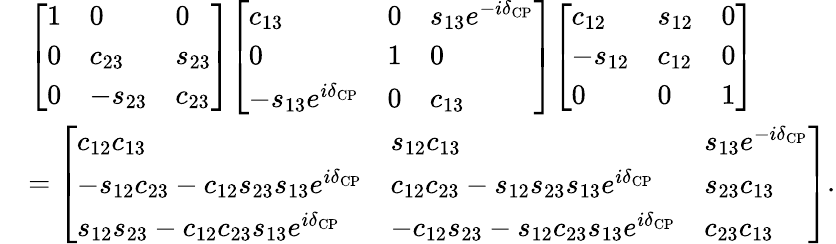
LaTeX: {\begin{array}{rl}&{{\left[\begin{array}{lll}{1}&{0}&{0}\\ {0}&{c_{23}}&{s_{23}}\\ {0}&{-s_{23}}&{c_{23}}\end{array}\right]}{\left[\begin{array}{lll}{c_{13}}&{0}&{s_{13}e^{-i\delta_{\mathrm{CP}}}}\\ {0}&{1}&{0}\\ {-s_{13}e^{i\delta_{\mathrm{CP}}}}&{0}&{c_{13}}\end{array}\right]}{\left[\begin{array}{lll}{c_{12}}&{s_{12}}&{0}\\ {-s_{12}}&{c_{12}}&{0}\\ {0}&{0}&{1}\end{array}\right]}}\\ &{={\left[\begin{array}{lll}{c_{12}c_{13}}&{s_{12}c_{13}}&{s_{13}e^{-i\delta_{\mathrm{CP}}}}\\ {-s_{12}c_{23}-c_{12}s_{23}s_{13}e^{i\delta_{\mathrm{CP}}}}&{c_{12}c_{23}-s_{12}s_{23}s_{13}e^{i\delta_{\mathrm{CP}}}}&{s_{23}c_{13}}\\ {s_{12}s_{23}-c_{12}c_{23}s_{13}e^{i\delta_{\mathrm{CP}}}}&{-c_{12}s_{23}-s_{12}c_{23}s_{13}e^{i\delta_{\mathrm{CP}}}}&{c_{23}c_{13}}\end{array}\right]}.}\end{array}}